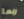
ربما